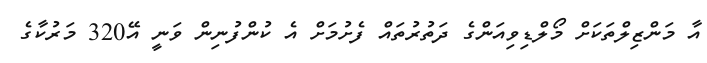
އާ މަންޒިލްތަކަށް މޯލްޑިވިއަންގެ ދަތުރުތައް ފެށުމަށް އެ ކުންފުނިން ވަނީ އޭ320 މަރުކާގެ